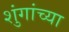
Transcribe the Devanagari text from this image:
शुंगांच्या